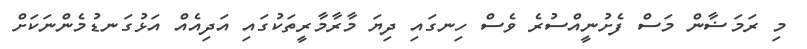
މި ރަމަޟާން މަސް ފެށުނީއްސުރެ ވެސް ހިނގައި ދިޔަ މާރާމާރީތަކުގައި އަދިއެއް އަޅުގަނޑުމެންނަކަށް